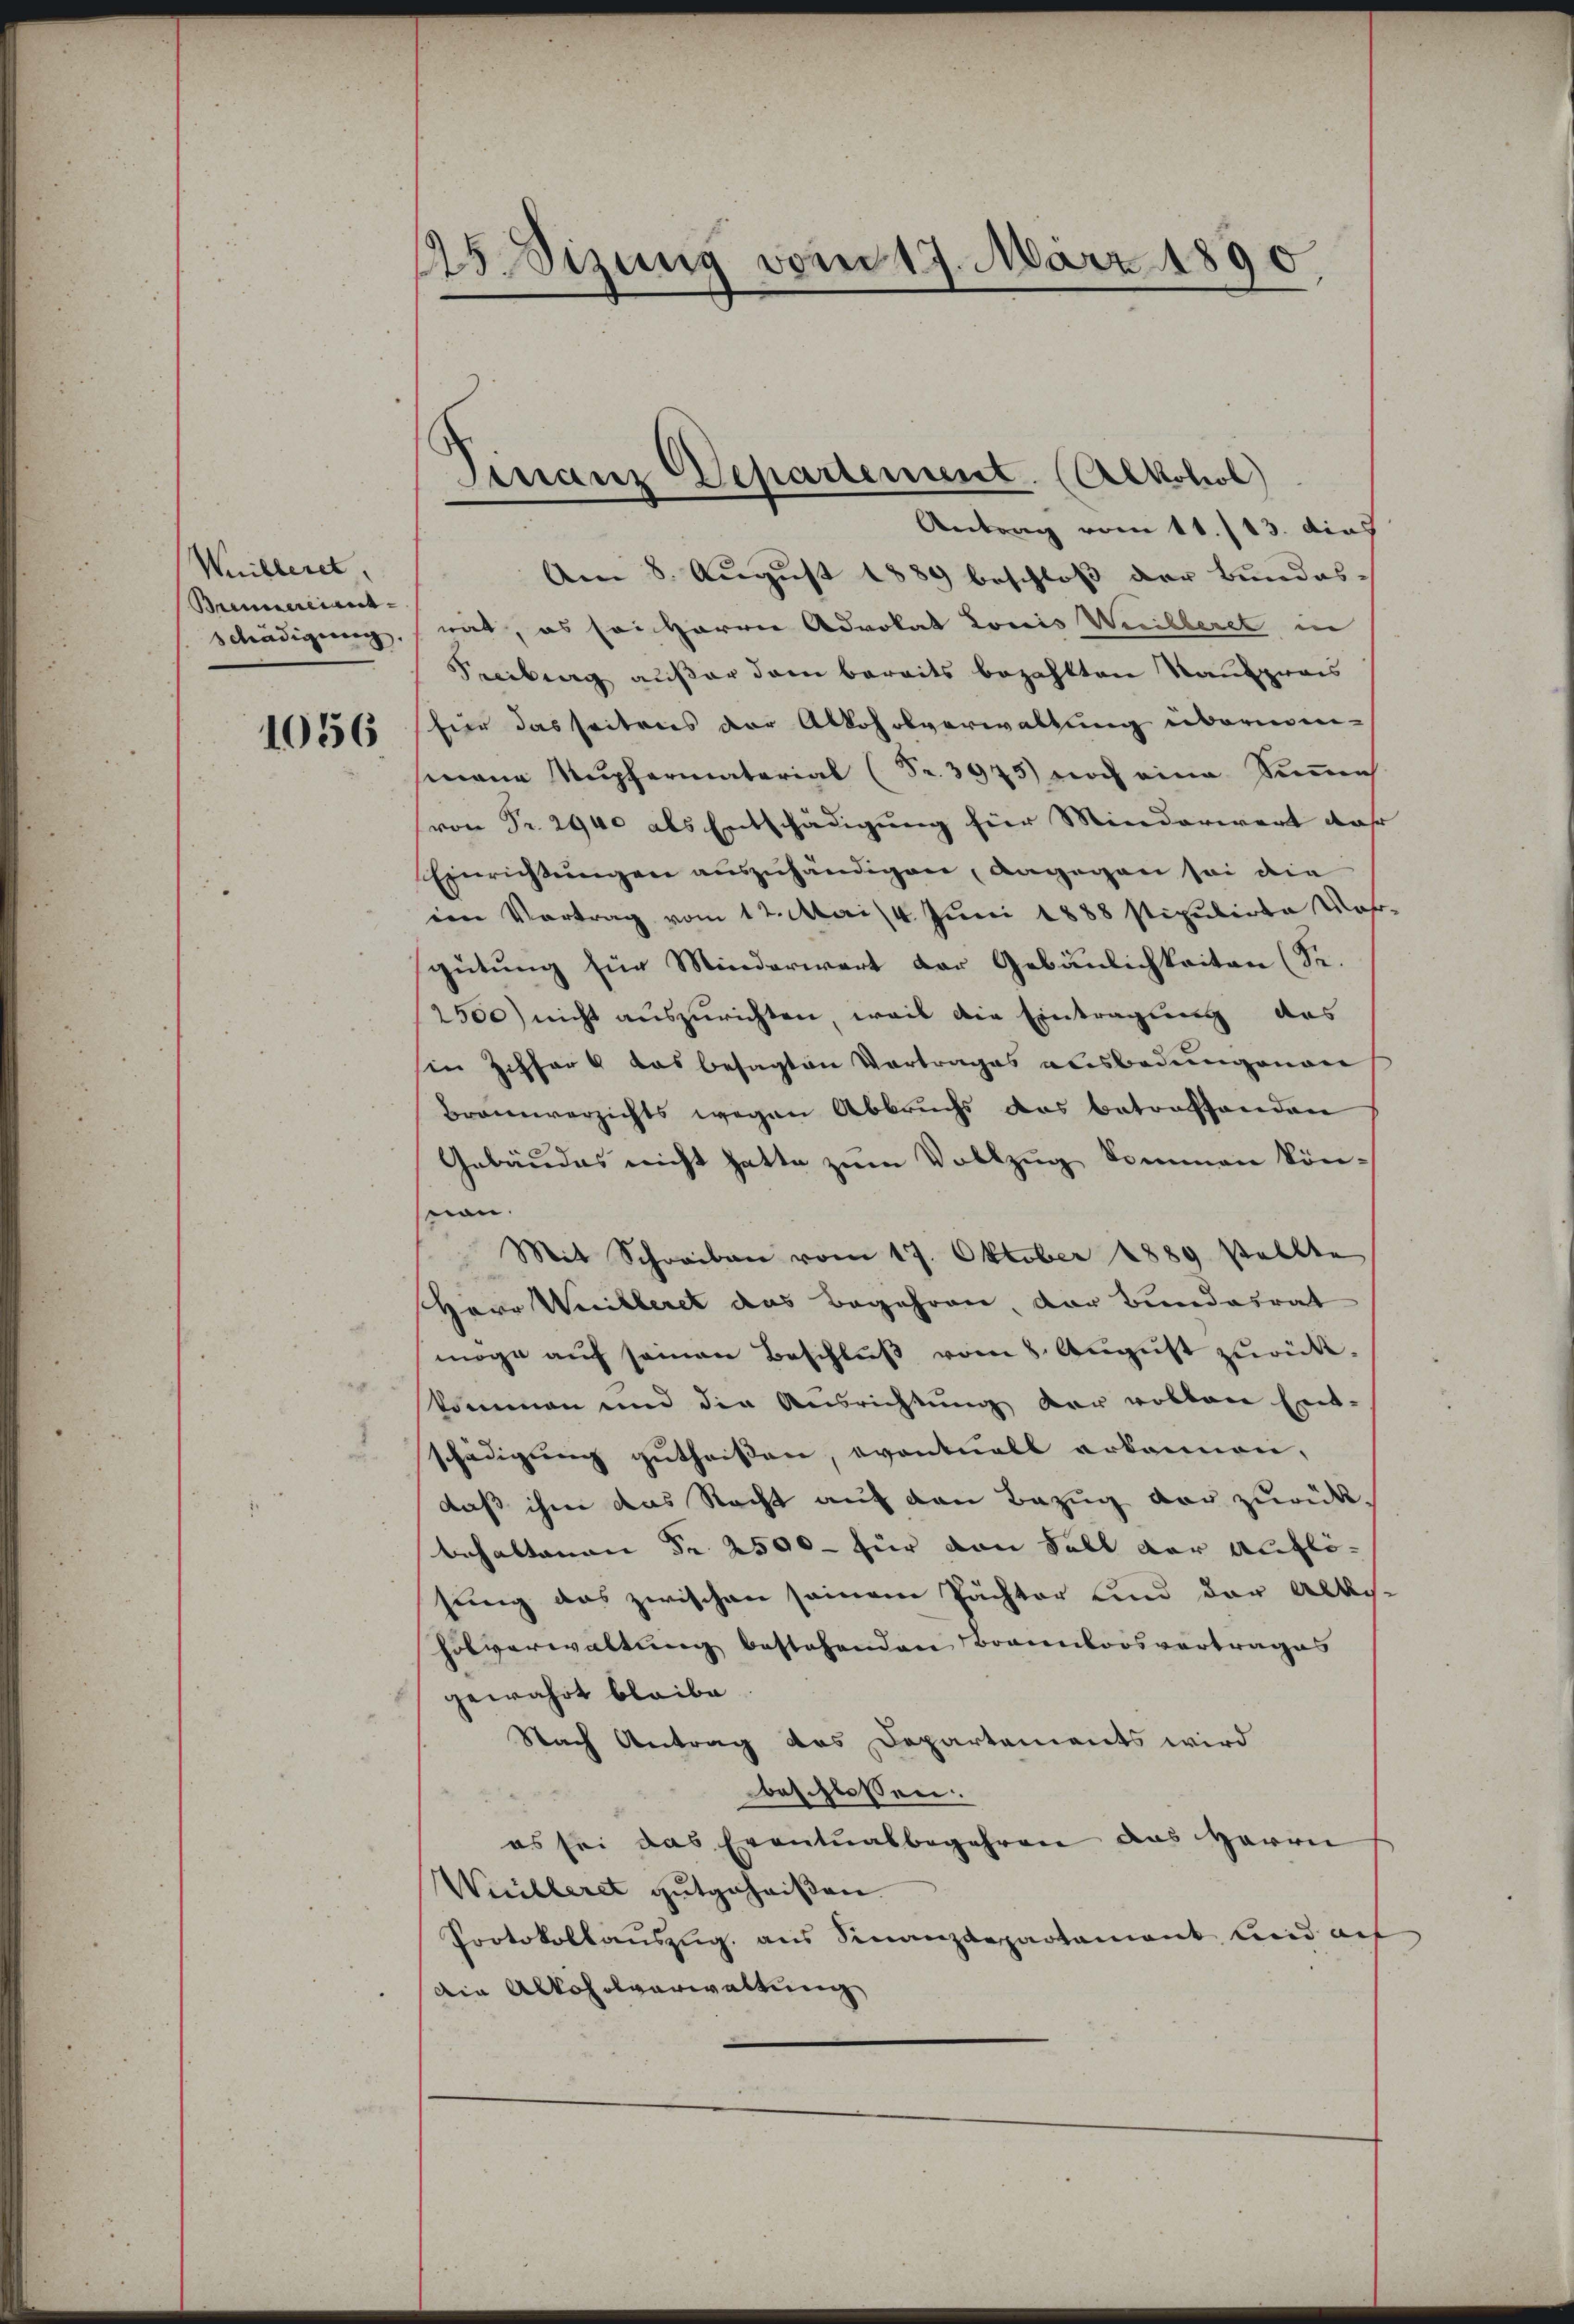
Wuibleret,
Brennereint- |
schädigung

1056

25 Sizung vom 17. März 1890

Finanz Departement. (Alkohol)
Antrag vom 11./13. dies

Am 8. August 1889 beschloss der Bundesrät, es sei Harrer Advokat Louis Werbberet in
Freibung außer dem bereits bezahlten Raubpwais
für das seitens der Alkoholverwaltung übermin-
mana Nŭpfermaterial (Fr. 3975) noch eine Summe
von Fr. 2940 als Entschädigung für Minderwert da
Einrichtŭngen auszuhändigen, angegen sei die
ien Vortrag vom 12. Mai/4. Juni 1888 stipulirte Wahrgütung für Minderwert der Gebäulichkeiten (S.
2500) nicht auszurichten, weis die Eintragung des
in Ziffer das besagten Vortrages ausbedungenen
Braunverzichts wegen Abbruchs das betroffenden
Gebäudes nicht hatte zum Vollzug kommen könnon.
Mit Schreiben vom 17. Oktober 1889 stellte
Herr Weilleret das Begehren, der Bundesrat
möge aŭf seinen Beschlŭβ vom 8. August zurück.
kommen und die Ausrichtung der vollen Ent-
schädigung gutheißen, eventuell erkennen,
daß ihm das Nacht auf den Bezug vor zurückbehaltenen Fr. 2500 — für von Fall der Auflösung das zwischen seinem Pächter und der Albis-
holverwaltung bestehenden Braunloosvertrages
gewährt bleibe
Nach Antrag des Departements wird
beschlossen:
es sei das Eventualbegehren das Herrn
Weilleret gutgeheißen.
Protokollauszug aus Finanzdepartament und auf
Die Alkoholverwaltung